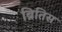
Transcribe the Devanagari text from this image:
ब्रितिस